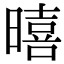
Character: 暿